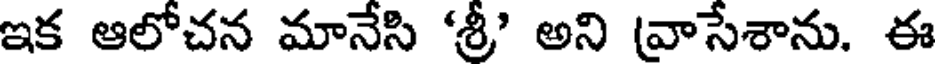
ఇక ఆలోచన మానేసి 'శ్రీ' అని (వాసేశాను. ఈ